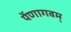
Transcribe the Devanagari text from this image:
पेंणागवम्